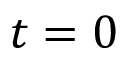
t = 0